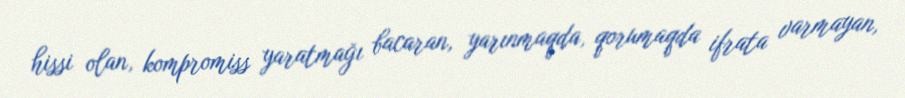
hissi olan, kompromiss yaratmağı bacaran, yarınmaqda, qorumaqda ifrata varmayan,